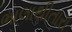
ભાલાથીતારા